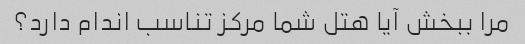
مرا ببخش آیا هتل شما مرکز تناسب اندام دارد؟